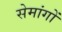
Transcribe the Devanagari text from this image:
सेमांगों